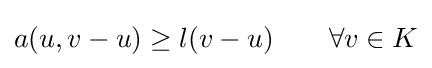
\displaystyle a(u,v-u)\geq l(v-u)\qquad \forall v\in K